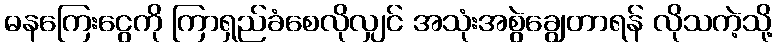
ဓနကြေးငွေကို ကြာရှည်ခံစေလိုလျှင် အသုံးအစွဲချွေတာရန် လိုသကဲ့သို့